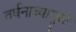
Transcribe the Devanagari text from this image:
वर्षनाच्यामुळे